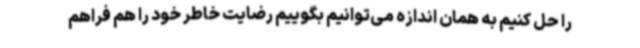
را حل کنیم به همان اندازه می‌توانیم بگوییم رضایت خاطر خود را هم فراهم